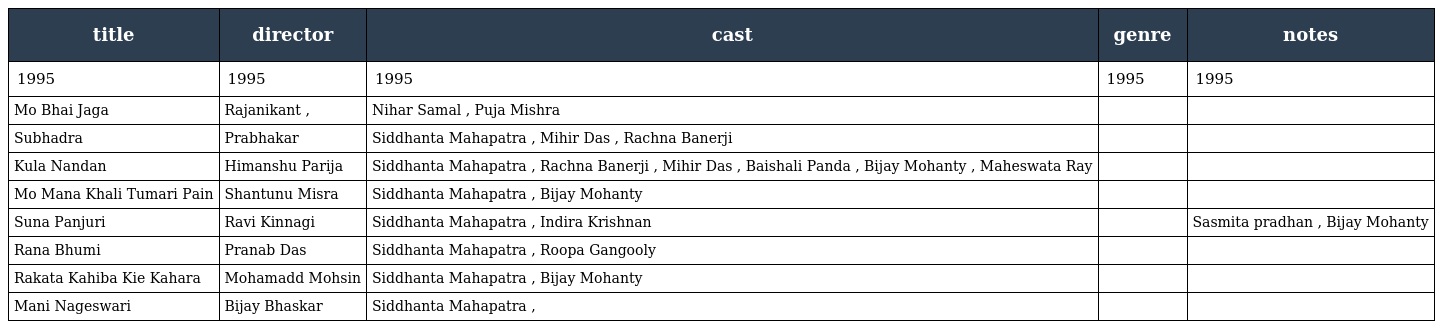
| title | director | cast | genre | notes |
 | --- | --- | --- | --- | --- |
 | 1995 | 1995 | 1995 | 1995 | 1995 |
 | Mo Bhai Jaga | Rajanikant , | Nihar Samal , Puja Mishra |  |  |
 | Subhadra | Prabhakar | Siddhanta Mahapatra , Mihir Das , Rachna Banerji |  |  |
 | Kula Nandan | Himanshu Parija | Siddhanta Mahapatra , Rachna Banerji , Mihir Das , Baishali Panda , Bijay Mohanty , Maheswata Ray |  |  |
 | Mo Mana Khali Tumari Pain | Shantunu Misra | Siddhanta Mahapatra , Bijay Mohanty |  |  |
 | Suna Panjuri | Ravi Kinnagi | Siddhanta Mahapatra , Indira Krishnan |  | Sasmita pradhan , Bijay Mohanty |
 | Rana Bhumi | Pranab Das | Siddhanta Mahapatra , Roopa Gangooly |  |  |
 | Rakata Kahiba Kie Kahara | Mohamadd Mohsin | Siddhanta Mahapatra , Bijay Mohanty |  |  |
 | Mani Nageswari | Bijay Bhaskar | Siddhanta Mahapatra , |  |  |